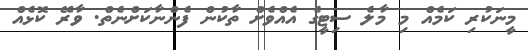
މީނަކުރި ކަމެއް މި މާލެ ސިޓީގެ އެއްވެށް ތާކުން ފެންނާކަށްނެތް. ވާރޭ ކޮޅެއް